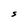
Character: S